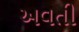
અવતી